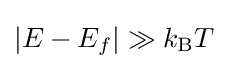
|E-E_{f}|\gg k_{\text{B}}T